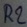
Text: R2